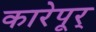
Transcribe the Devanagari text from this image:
कारेपूर्